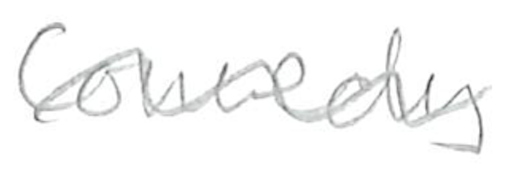
Text: Comedy
Cross-out: wave
Writing tool: pencil